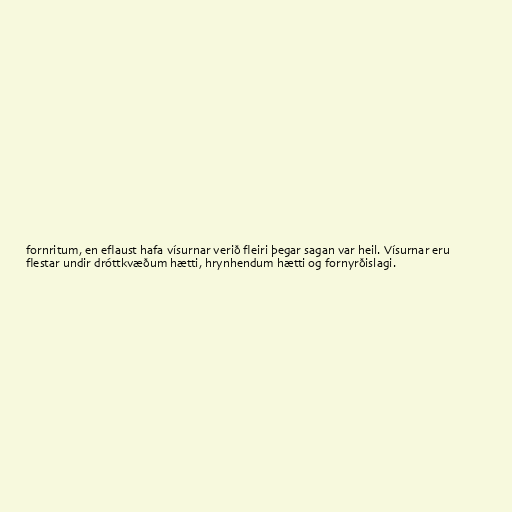
fornritum, en eflaust hafa vísurnar verið fleiri þegar sagan var heil. Vísurnar eru
flestar undir dróttkvæðum hætti, hrynhendum hætti og fornyrðislagi.